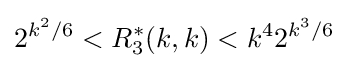
2^{k^{2}/6}<R_{3}^{*}(k,k)<k^{4}2^{k^{3}/6}